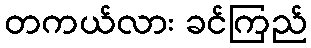
တကယ်လား ခင်ကြည်